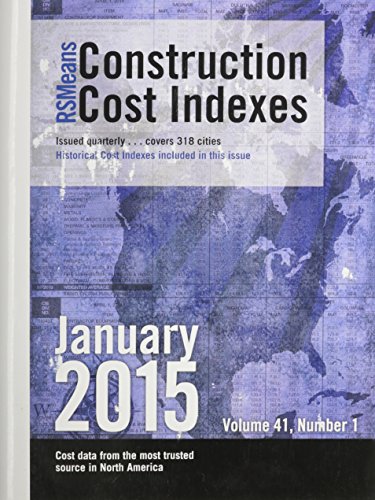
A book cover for Rsmeans Cci January 2015 (Means Construction Cost Indexes); Arts & Photography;